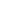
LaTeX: \! \! \! \! \! \! \! \! \! \! \! \psi\! \! \! \! \! \! \! \! \! \! \! \! _{\! }\! \! \! \! \! \! \! \! \! \! \! 2\! \! \! \! \! \! \! \! \! \! \! \! ^{\! }\! \! \! \! \! \! \! \! \! \! \! 2\! \! \! \! \! \! \! \! \! \! \! \! \! \! \! \! \! \! \! \! \! \! \! \! -\! \! \! \! \! \! \! \! \! \! \! \! \! \! \! \! \! \! \! \! \! \! \! \! \beta\! \! \! \! \! \! \! \! \! \! \! \! _{\! }\! \! \! \! \! \! \! \! \! \! \! 2\! \! \! \! \! \! \! \! \! \! \! \! \! \! \! \! \! \! \! \! \! \! \! \! \eta\! \! \! \! \! \! \! \! \! \! \! \! _{\! }\! \! \! \! \! \! \! \! \! \! \! 2\! \! \! \! \! \! \! \! \! \! \! \! ,\! \! \! \! \! \! \! \! \! \! \!